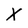
Character: x